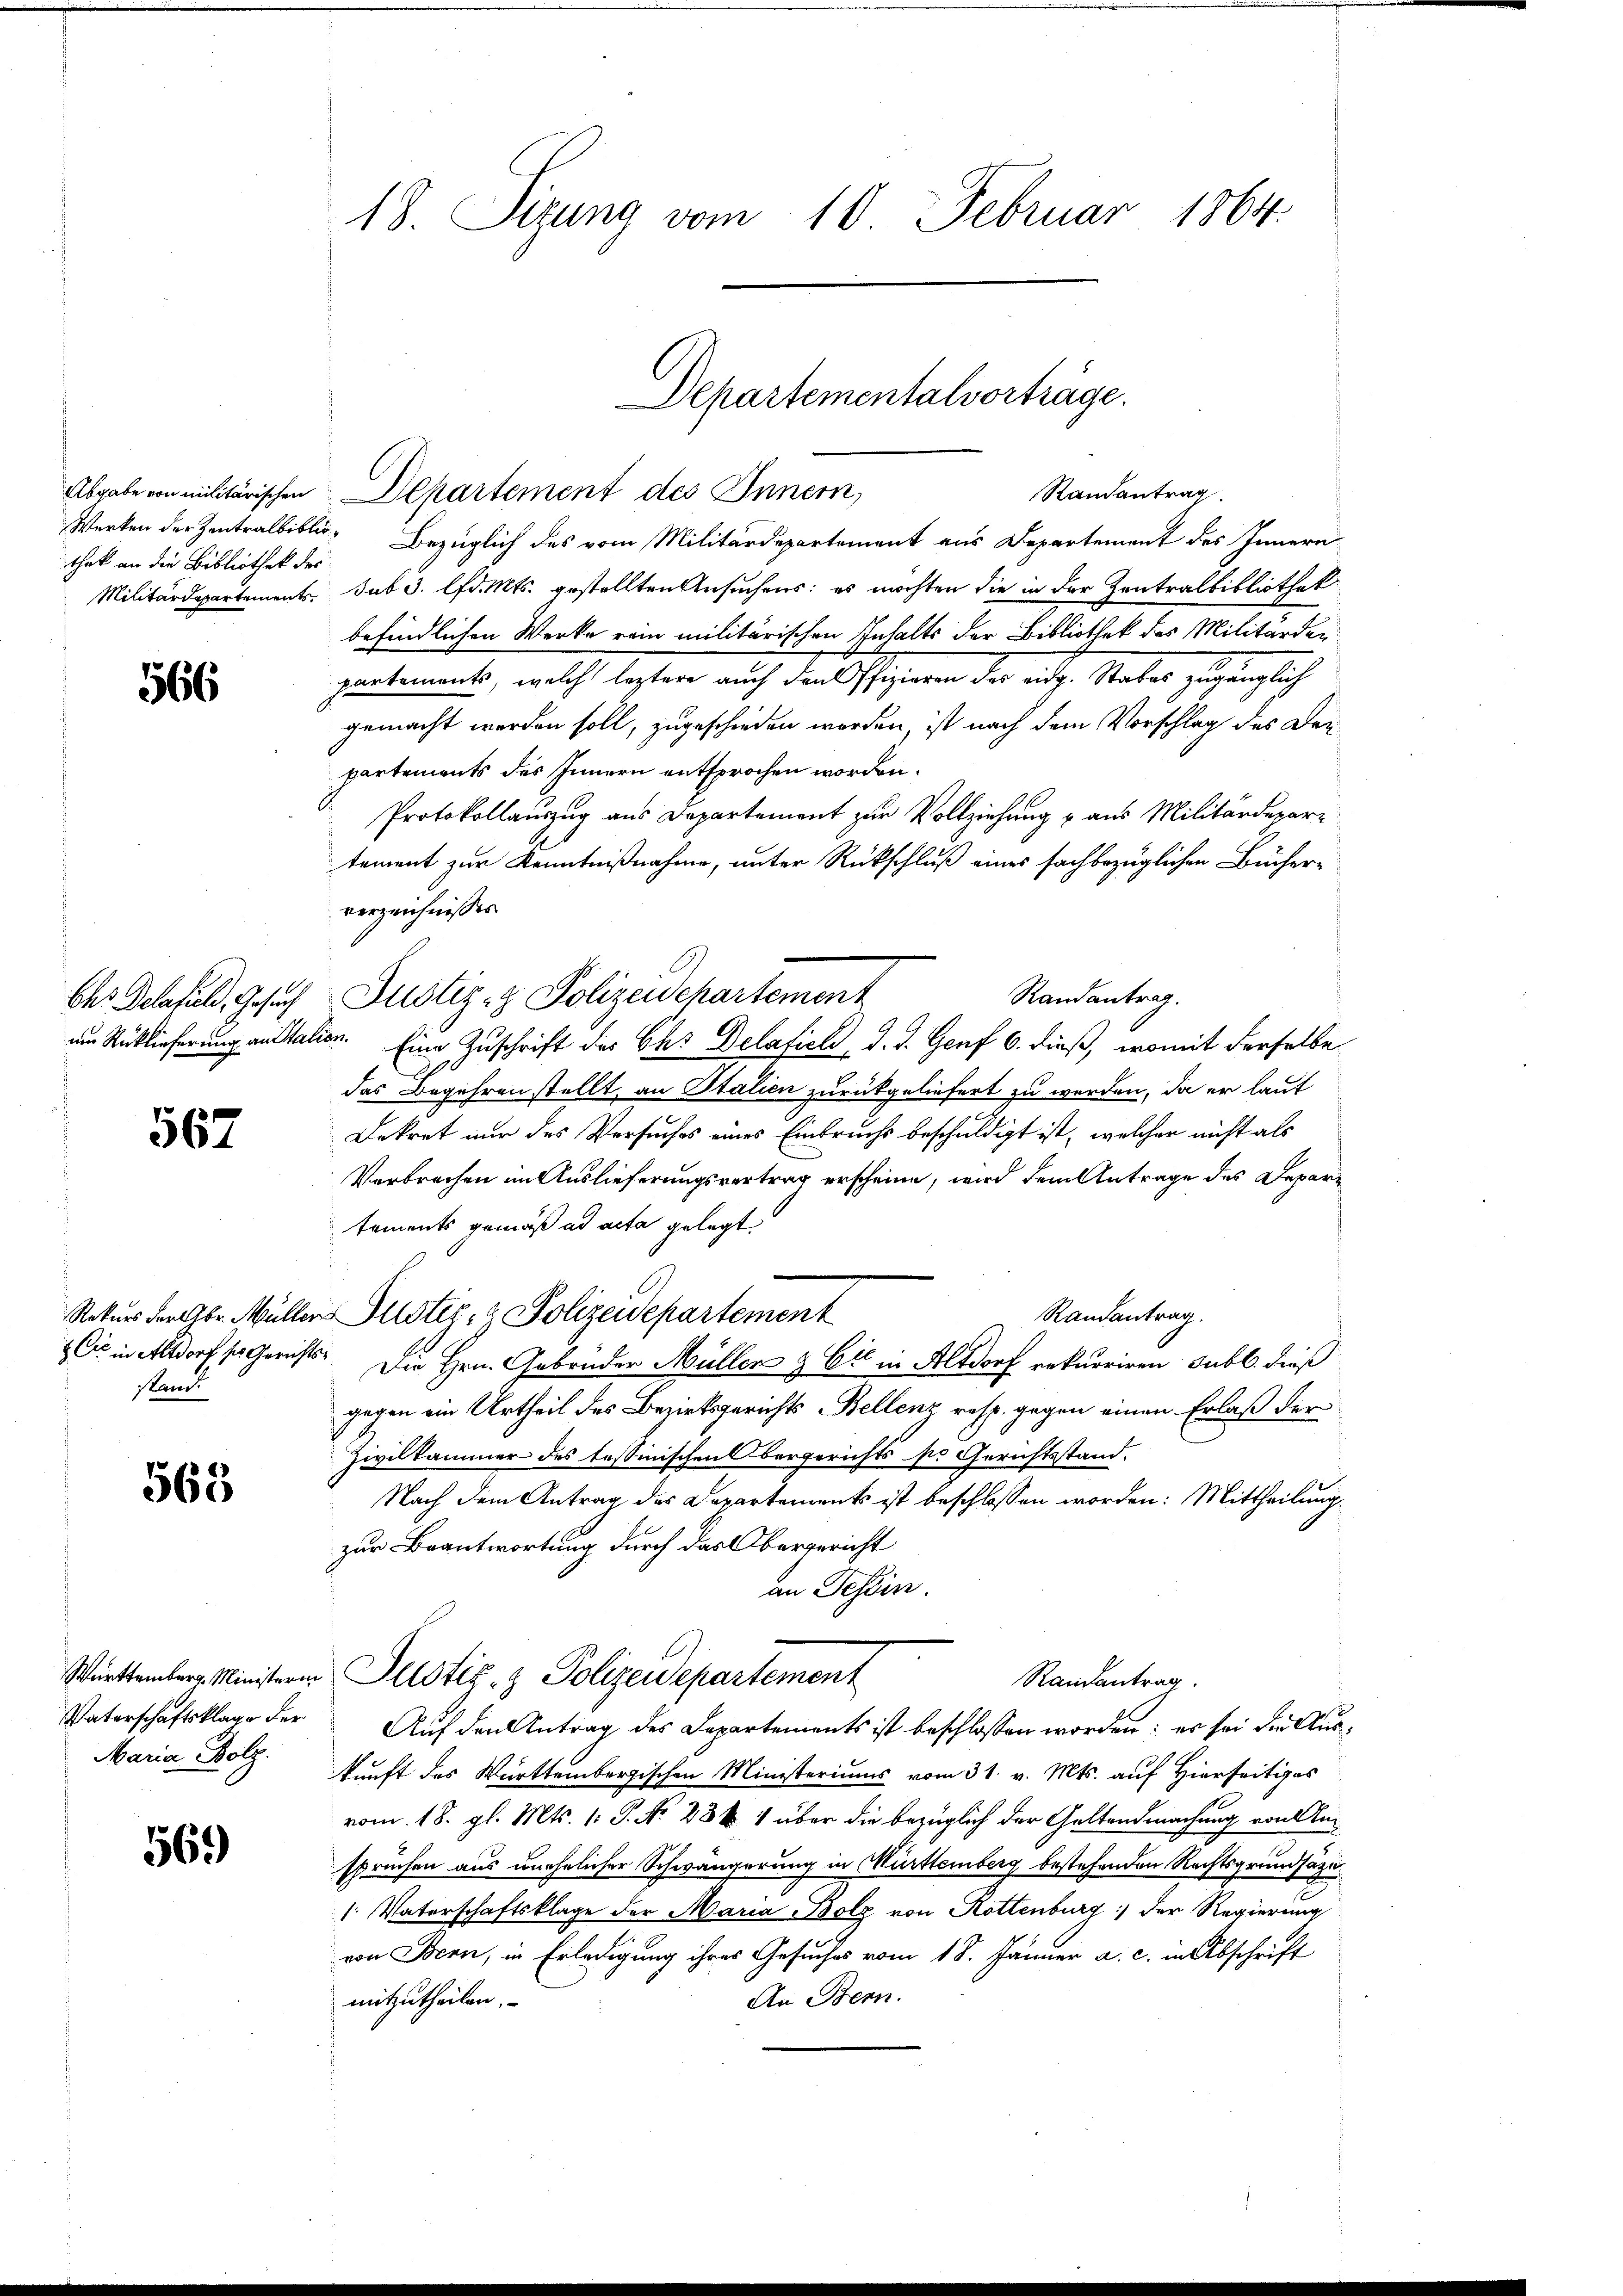
Werken der Zentralbibliothek an die Bibliothek des

566

567

stand

563

Bezüglich des vom Militärdepartement aus Departement des Innern
Militärdepartements sub 3. lfd. Mts. gestellten Ansuchens: es möchten die in der Zentralbibliothek
befindlichen Werke rein militärischen Inhalts der Bibliothek des Militärder
partements, welch leztere auch den Offizieren der eidg. Stabes zugänglich
gemacht werden soll, zugeschieden worden, ist nach dem Vorschlag des Departements des Innern entsprochen worden.
Protokollauszug aus Departement zur Vollziehung u aus Militärdepartement zur Kenntnißnahme, unter Rückschluß eines fachbezüglichen Bücher-
verzeichnisses
Randantrag.
am Rücklieferung anstalien. Eine Zuschrift des Chr Delaficli d. d. Genf 6. dieß, womit derselbe
das Begehren stellt, an Stalien zurückgeliefert zu werden, da er laut
Dekret nur des Versuches eines Einbruchs beschuldigt ist, welcher nicht als
Verbrechen im Auslieferungsvertrag erscheine, wird dem Antrage des Depari
tements gemäß ad acta gelegt.
Randantrag.
Rekurs der Gbr. Müller Justiz- & Polizeidepartement
Cie in Altdorf so Gerichts. Die Hrn. Gebrüder Müller & Cie in Altdorf rekurriren Subl. dieß
gegen ein Urtheil des Bezirksgerichts Bellenz resp. gegen einen Erlaß der
Zivilkammer des Tessinischen Bergerichts pr Gerichtsstand.
Nach dem Antrag des Departements ist beschlossen worden: Mittheilung
zur Beantwortung durch das Obergericht
an Tessin.
Württemberg. Ministern Allotiz & Polizeidepartement
Randantrag.
Vaterschaftsklage der Aŭf den Antrag des Departements ist beschlossen worden: es sei die Auskunft des Württembergischen Ministeriums vom 31. v. Mts. auf Hierseitiges
vom 18. gl. Mts. 1: P. Nr. 88 k 1 über die bezüglich der Geltendmachung von Anspruchen aus unehelicher Schwängerung in Württemberg bestehenden Rechtsgrundsäze
/: Vaterschaftsklage der Maria Bolz von Rottenburg der Regierung
von Bern, in Erledigung ihres Gesuches vom 18. Jänner a. c. in Abschrift
An Bern.
mitzutheilen.

Maria Bolz.

569)

18. Sizung vom 10. Februar 1864.

Chr Delefeld, Gesuch Justiz- & Polizeidepartement

Departementalvorträge.
Abgabe von militärischen Departement des Innern,
Randantrag.